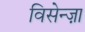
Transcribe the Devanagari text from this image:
विसेन्ज़ा